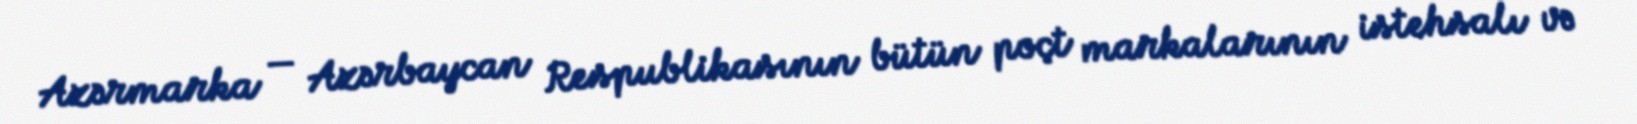
Azərmarka — Azərbaycan Respublikasının bütün poçt markalarının istehsalı və